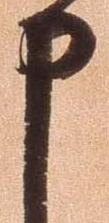
申